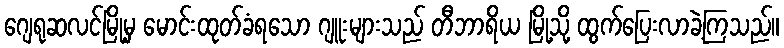
ဂျေရုဆလင်မြို့မှ မောင်းထုတ်ခံရသော ဂျူးများသည် တီဘာရိယ မြို့သို့ ထွက်ပြေးလာခဲ့ကြသည်။